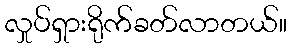
လှုပ်ရှားရိုက်ခတ်လာတယ်။